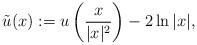
\begin{align*}\tilde{u}(x):=u\left(\frac{x}{|x|^2}\right)-2\ln|x|,\end{align*}